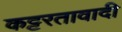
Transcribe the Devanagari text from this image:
कट्टरतावादी